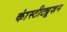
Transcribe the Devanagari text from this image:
कांस्टीट्यूशन